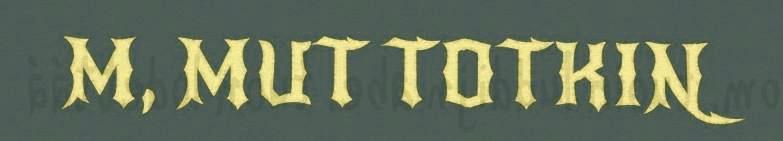
M, MUT TOTKIN